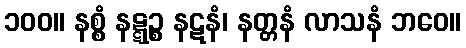
၁၀၀။ နစ္စံ နဋ္ဋဉ္စ နဋနံ၊ နတ္တနံ လာသနံ ဘဝေ။